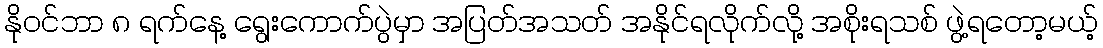
နိုဝင်ဘာ ၈ ရက်နေ့ ရွေးကောက်ပွဲမှာ အပြတ်အသတ် အနိုင်ရလိုက်လို့ အစိုးရသစ် ဖွဲ့ရတော့မယ့်